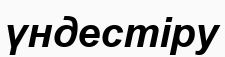
үндестіру